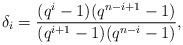
LaTeX: \begin{align*}\delta_i = \frac{(q^i-1)(q^{n-i+1}-1)}{(q^{i+1}-1)(q^{n-i}-1)},\end{align*}